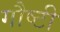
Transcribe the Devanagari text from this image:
गौष्टी